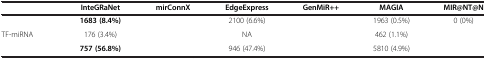
<table><thead><tr><td>[EMPTY_CELL]</td><td><b>InteGRaNet</b></td><td><b>mirConnX</b></td><td><b>EdgeExpress</b></td><td><b>GenMiR++</b></td><td><b>MAGIA</b></td><td><b>MIR@NT@N</b></td></tr></thead><tbody><tr><td>[EMPTY_CELL]</td><td><b>1683 (8.4%)</b></td><td>[EMPTY_CELL]</td><td>2100 (6.6%)</td><td>[EMPTY_CELL]</td><td>1963 (0.5%)</td><td>0 (0%)</td></tr><tr><td>TF-miRNA</td><td>176 (3.4%)</td><td>[EMPTY_CELL]</td><td>NA</td><td>[EMPTY_CELL]</td><td>462 (1.1%)</td><td>[EMPTY_CELL]</td></tr><tr><td>[EMPTY_CELL]</td><td><b>757 (56.8%)</b></td><td>[EMPTY_CELL]</td><td>946 (47.4%)</td><td>[EMPTY_CELL]</td><td>5810 (4.9%)</td><td>[EMPTY_CELL]</td></tr></tbody></table>